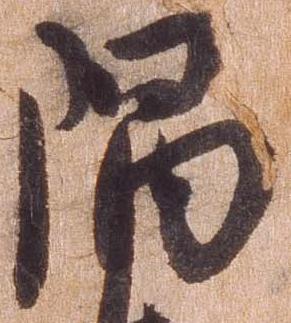
隈